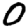
Digit: 0